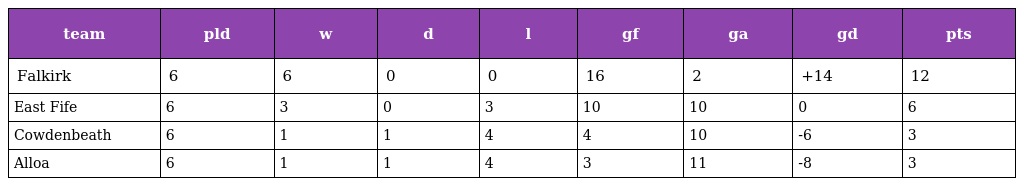
| team | pld | w | d | l | gf | ga | gd | pts |
 | --- | --- | --- | --- | --- | --- | --- | --- | --- |
 | Falkirk | 6 | 6 | 0 | 0 | 16 | 2 | +14 | 12 |
 | East Fife | 6 | 3 | 0 | 3 | 10 | 10 | 0 | 6 |
 | Cowdenbeath | 6 | 1 | 1 | 4 | 4 | 10 | -6 | 3 |
 | Alloa | 6 | 1 | 1 | 4 | 3 | 11 | -8 | 3 |